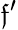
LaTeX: \mathfrak{f}^{\prime}